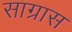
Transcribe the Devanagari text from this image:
साग्रास